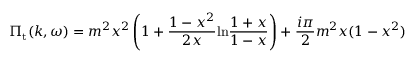
\Pi _ { \mathrm { t } } ( k , \omega ) = m ^ { 2 } x ^ { 2 } \left( 1 + \frac { 1 - x ^ { 2 } } { 2 x } \mathrm { l n } \frac { 1 + x } { 1 - x } \right) + { \frac { i \pi } { 2 } } m ^ { 2 } x ( 1 - x ^ { 2 } )